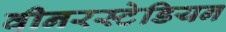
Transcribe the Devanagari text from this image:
वीनरस्टेडियन